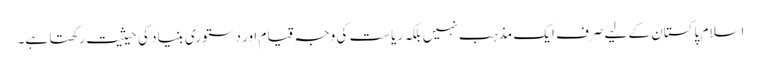
اسلام پاکستان کے لیے صرف ایک مذہب نہیں بلکہ ریاست کی وجہِ قیام اور دستوری بنیاد کی حیثیت رکھتا ہے۔